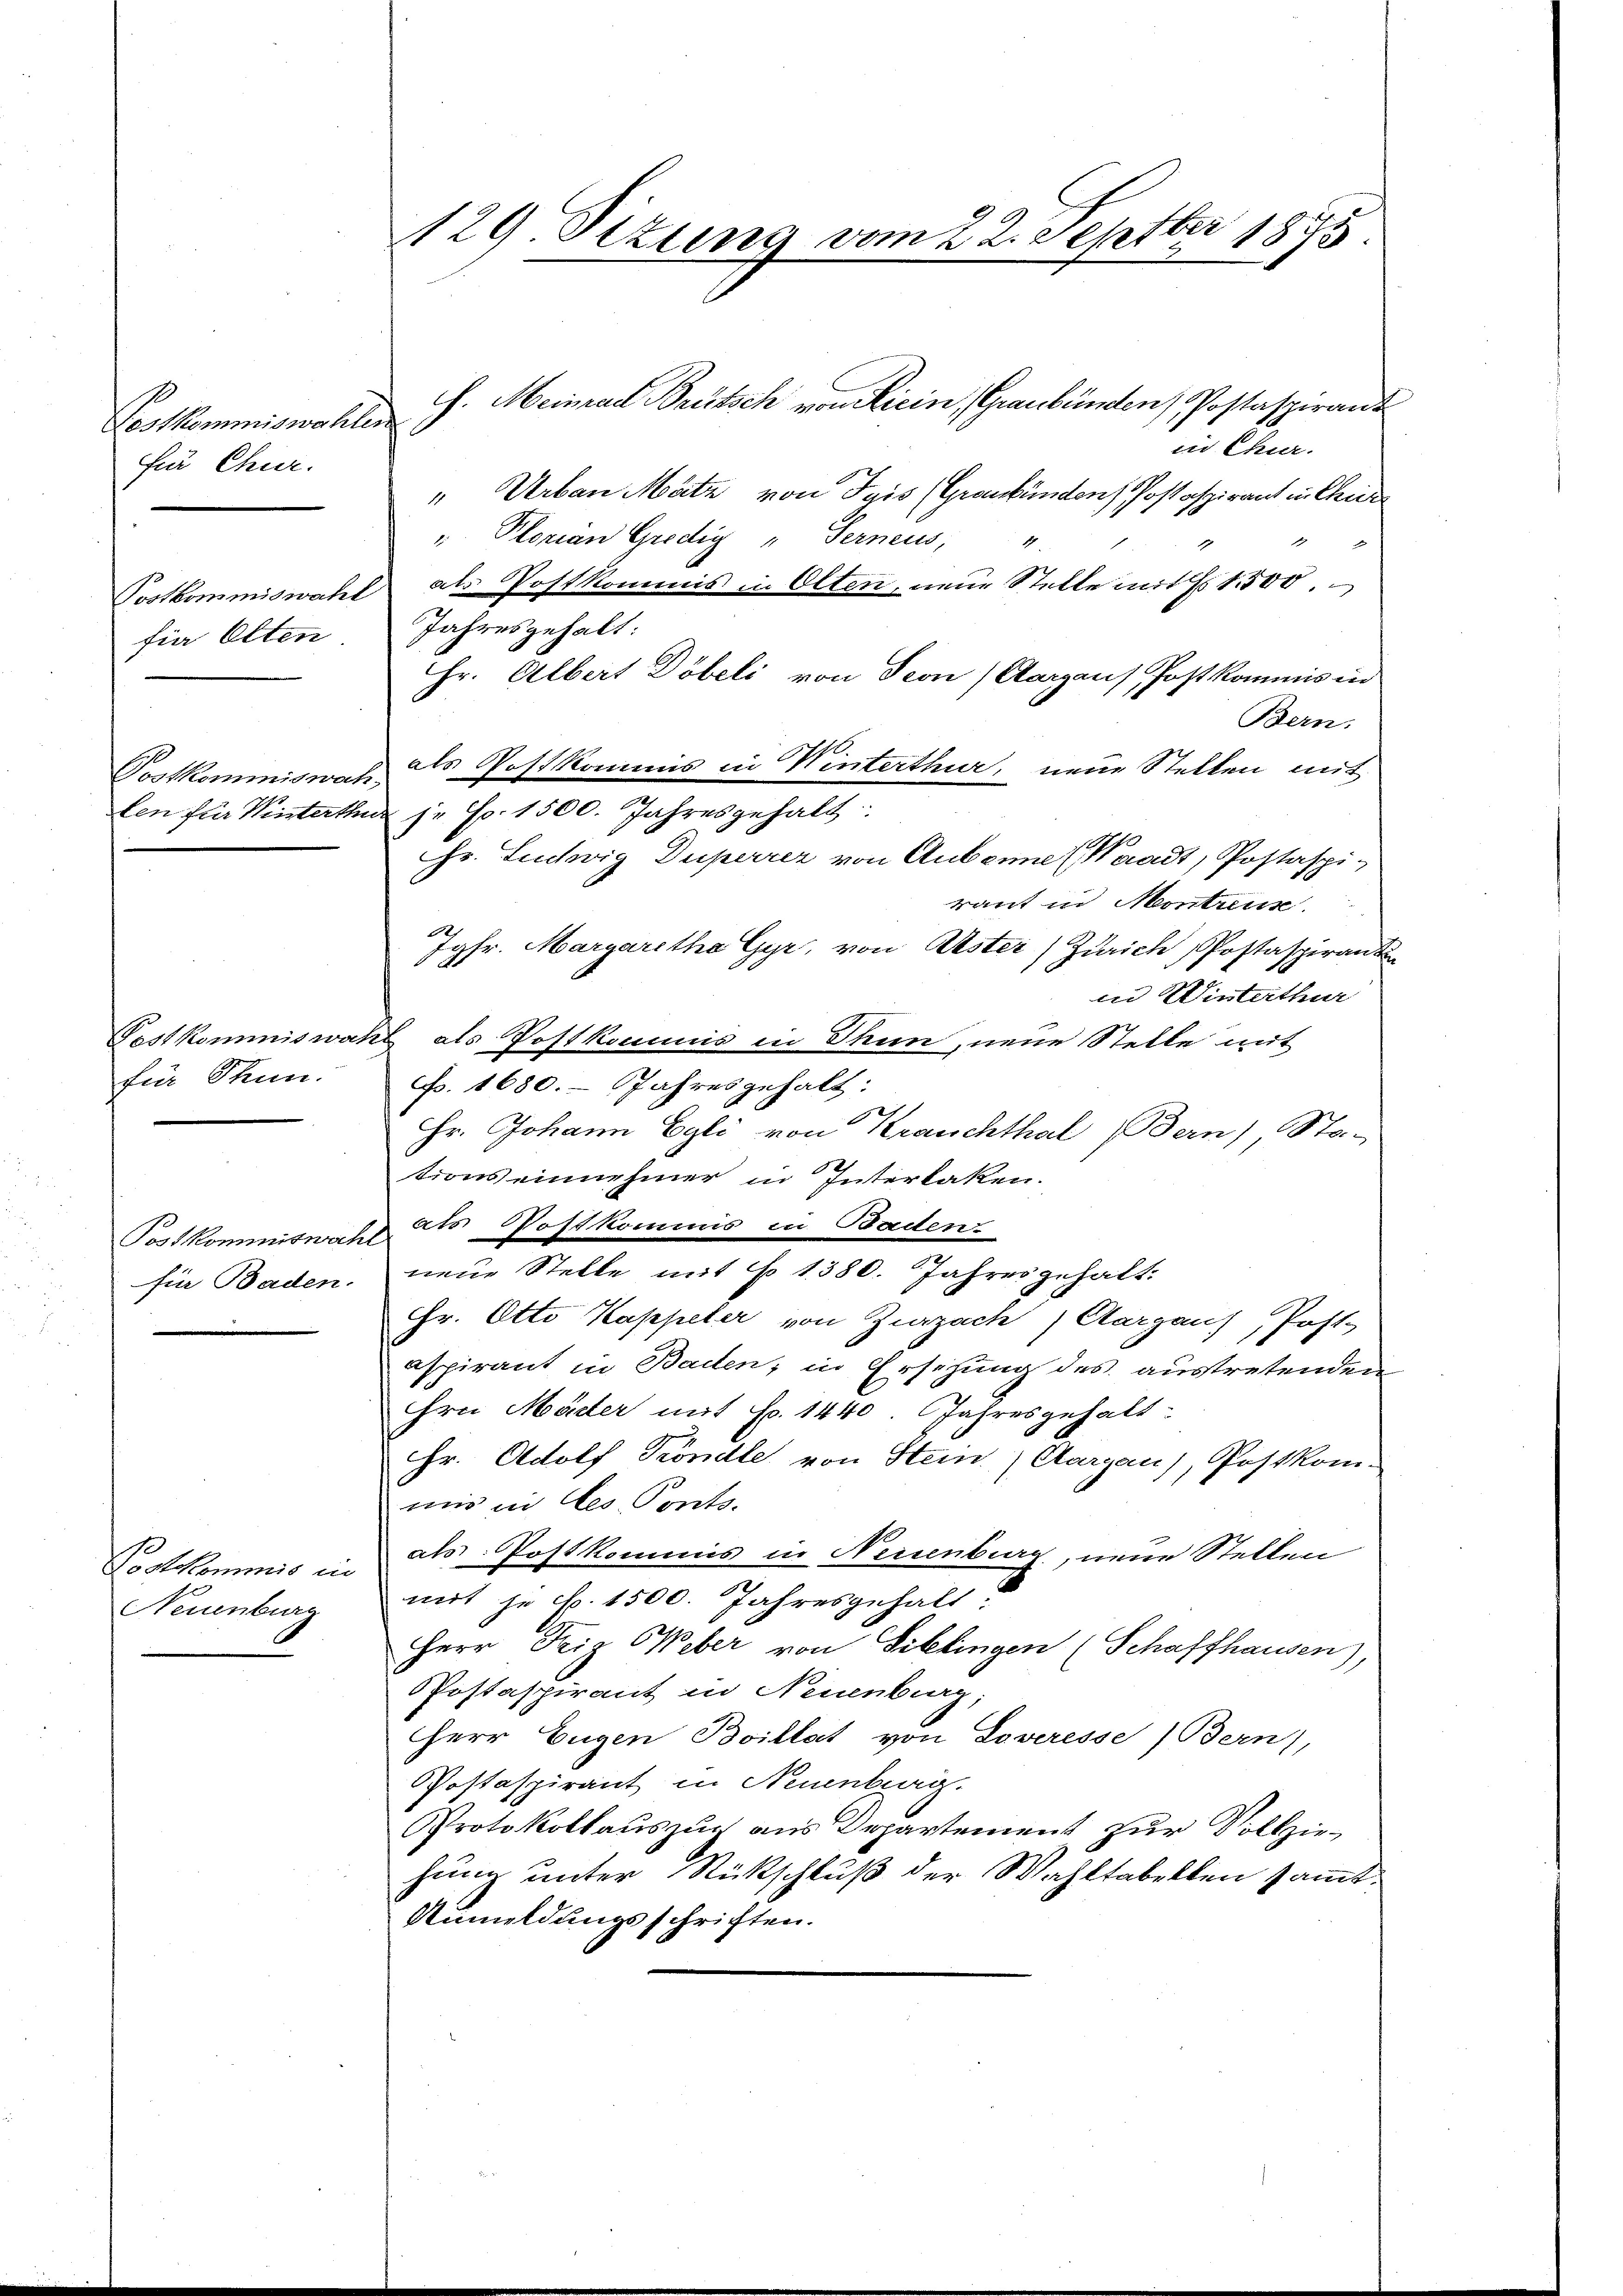
Vestkommiswahlen
für Chur.

für Otten

Festkommiswar
für Thun.

Postkommiswahl
für Baden.

Postkommis in
Neuenburg

129. Situng vom 22. 2 eptbr 1875

h. Meinrad Brütsch von Ricin, Graubünden Postaspirant
in Chur.
" Urban Mate von Seis (Graubünden Postaspirant in Chur
" Plorian Gredig " Serneus,
1
Postkommiswahl als Postkommis in Olten, neue Stelle mit § 1500.
Jahresgehalt:
Hr. Albert Döbeli von Seon (Aargaus Post kommis in
Bern.
Postkommiswat des Postkommis in Winterthur, neue Stellen mit
ten für Winterthur je Fr. 1500. Jahresgehalt
Hr. Ludwig Duperrer von Auseine (Waadt, Postaspiraut in Montreus
1
Jgfr. Margaretha Gyr, von Uster Zürich Postaspiranten
in Winterthur
el als Postkommis in Thun, neue Stelle mit
F. 1680. Jahresgehalt:
Fr. Johann Egli von Krauchthal Bern), Sta-
tions einnehmer in Interlaken.
als Wottkomms in Baden.
neue Stelle mit No 1380. Jahres gehalt.
Hr. Otto Kappeler von Zurzach, Aargaus, Post.
aspirant in Baden, in Ersetzung des austretenden
Frei Märter mit Fr. 1440. Jahresgehalt
Hr. Adolf Tröndle, von Stein) Aargau), Postkom-
mis in des Ponts.
als Postkommis in Neisenberg, neue Stellen
mit je Fr. 1500. Jahresgehalt:
Herr Friz Weber von Biblingen (Schaffhausen),
Postaspirant in Neuenburg,
HHerr Eugen Boillat von Loveresse (Bern,
Postaspirant in Neuenburg.
Protokollauszug aus Departement zur Vollziehung unter Rückschluß der Wahltabellen sammt.
Anmeldungsschriften.